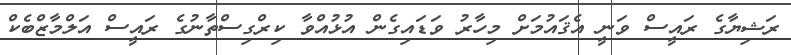
ރަޝިޔާގެ ރައީސް ވަނީ އެޤައުމަށް މިހާރު ވަޑައިގެން އުޅުއްވާ ކިރްގިސްތާނުގެ ރައީސް އަލްމާޒްބެކް